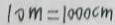
1 0 m = 1 0 0 0 c m